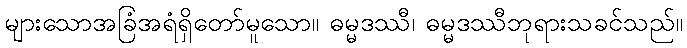
များသောအခြံအရံရှိတော်မူသော။ ဓမ္မဒဿီ၊ ဓမ္မဒဿီဘုရားသခင်သည်။